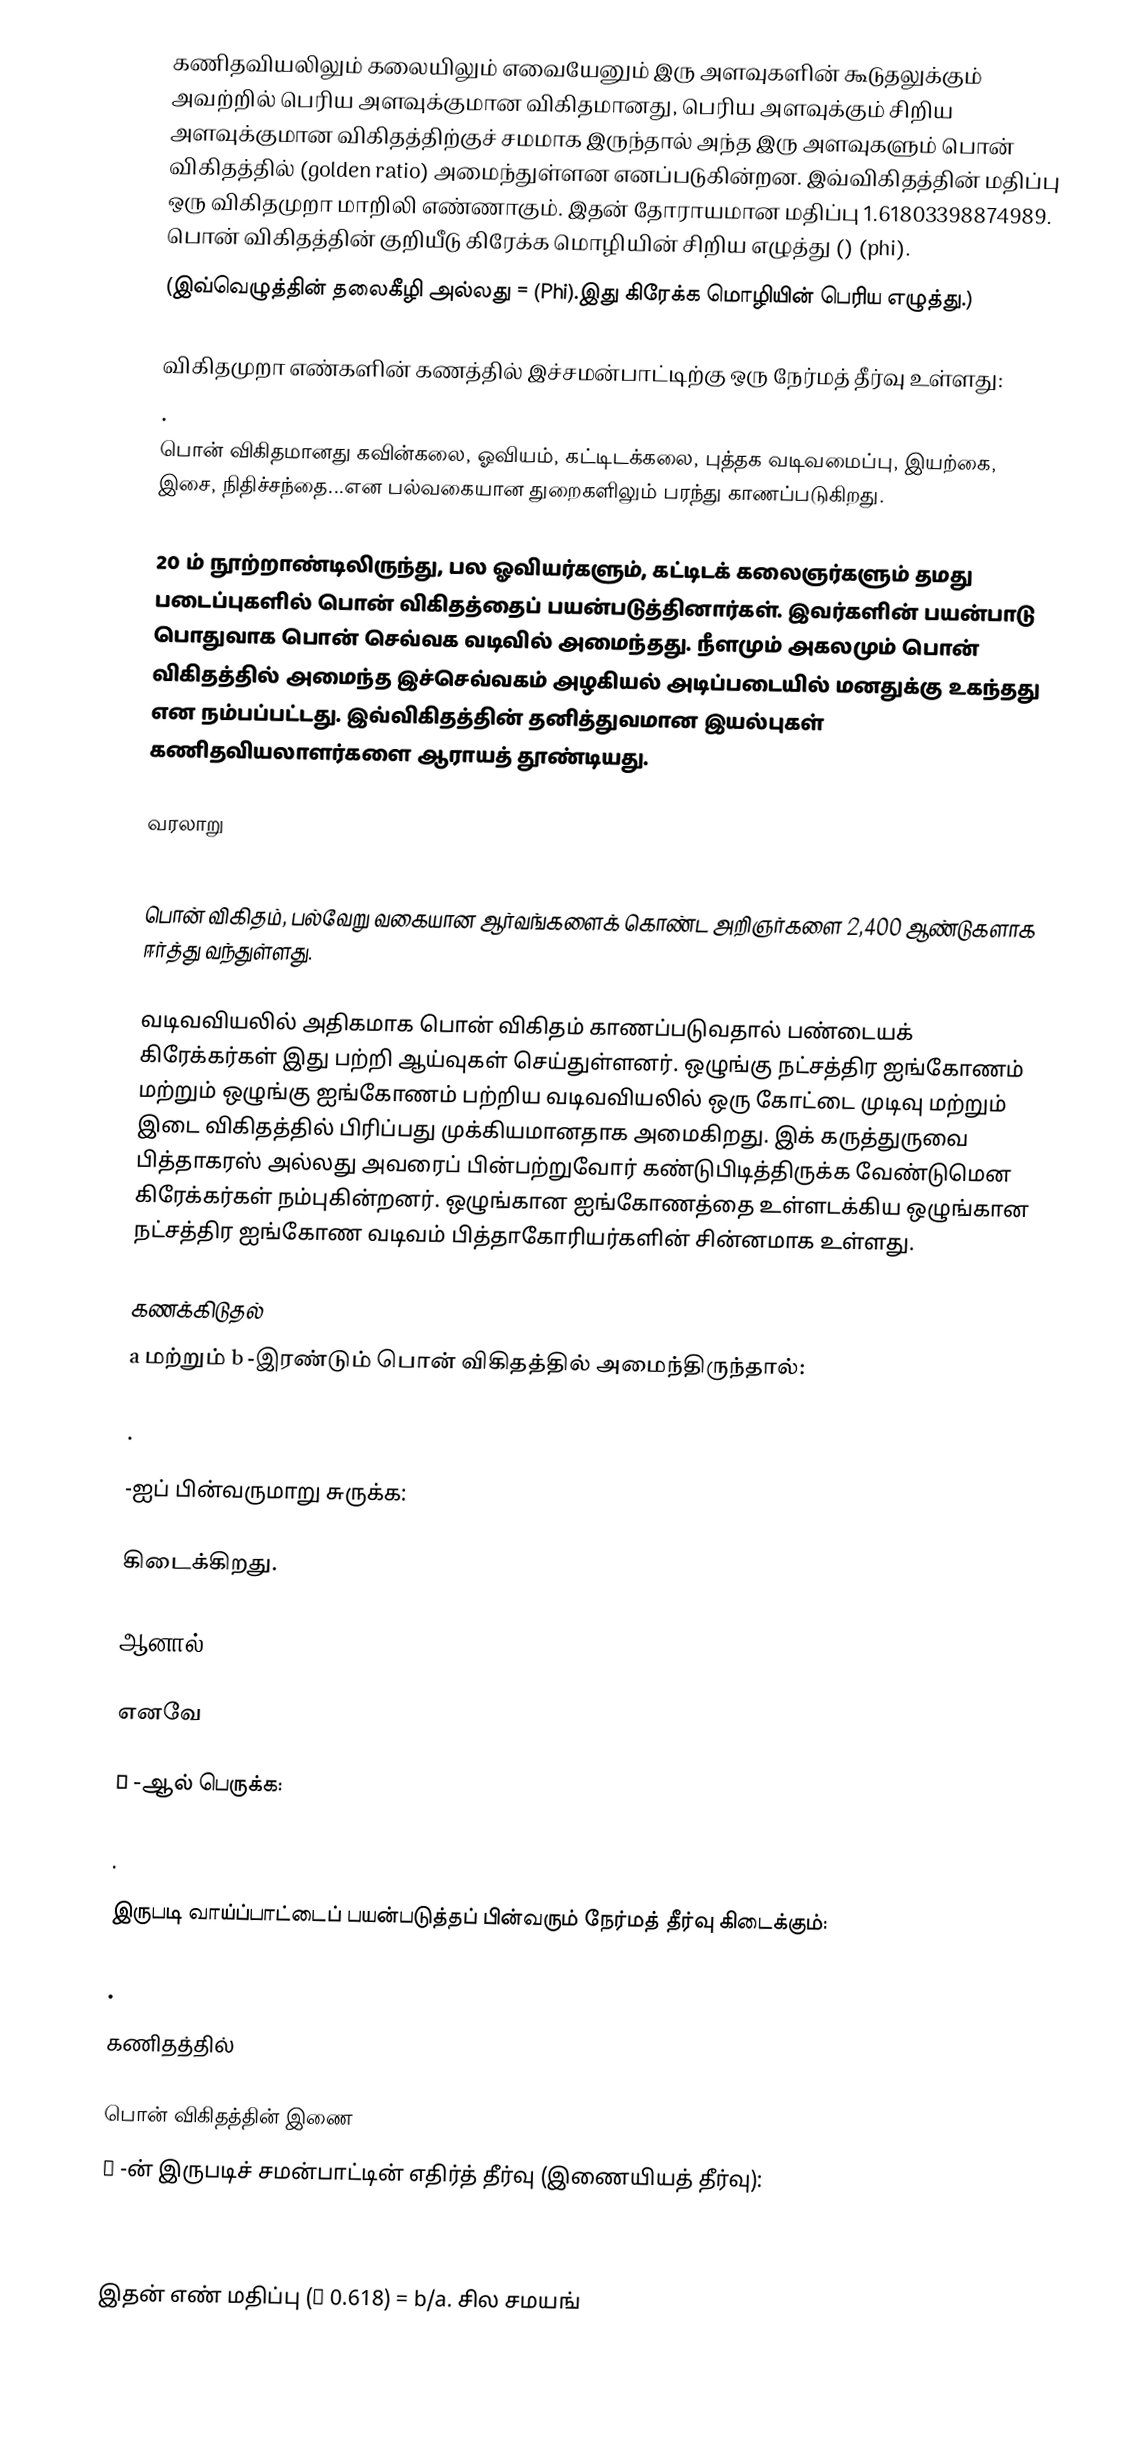
கணிதவியலிலும் கலையிலும் எவையேனும் இரு அளவுகளின் கூடுதலுக்கும் அவற்றில் பெரிய அளவுக்குமான விகிதமானது, பெரிய அளவுக்கும் சிறிய அளவுக்குமான விகிதத்திற்குச் சமமாக இருந்தால் அந்த இரு அளவுகளும்  பொன் விகிதத்தில் (golden ratio)  அமைந்துள்ளன எனப்படுகின்றன. இவ்விகிதத்தின் மதிப்பு ஒரு விகிதமுறா மாறிலி எண்ணாகும். இதன் தோராயமான மதிப்பு 1.61803398874989.  பொன் விகிதத்தின் குறியீடு கிரேக்க மொழியின் சிறிய எழுத்து () (phi).
(இவ்வெழுத்தின் தலைகீழி  அல்லது  =  (Phi).இது கிரேக்க மொழியின் பெரிய எழுத்து.)

விகிதமுறா எண்களின் கணத்தில் இச்சமன்பாட்டிற்கு ஒரு நேர்மத் தீர்வு உள்ளது:
.
 பொன் விகிதமானது கவின்கலை, ஓவியம், கட்டிடக்கலை, புத்தக வடிவமைப்பு, இயற்கை, இசை, நிதிச்சந்தை...என பல்வகையான துறைகளிலும் பரந்து காணப்படுகிறது.

20 ம் நூற்றாண்டிலிருந்து, பல ஓவியர்களும், கட்டிடக் கலைஞர்களும் தமது படைப்புகளில் பொன் விகிதத்தைப் பயன்படுத்தினார்கள். இவர்களின் பயன்பாடு பொதுவாக பொன் செவ்வக வடிவில் அமைந்தது. நீளமும் அகலமும் பொன் விகிதத்தில் அமைந்த இச்செவ்வகம் அழகியல் அடிப்படையில் மனதுக்கு உகந்தது என நம்பப்பட்டது. இவ்விகிதத்தின் தனித்துவமான இயல்புகள் கணிதவியலாளர்களை ஆராயத் தூண்டியது.

வரலாறு

பொன் விகிதம், பல்வேறு வகையான ஆர்வங்களைக் கொண்ட அறிஞர்களை 2,400 ஆண்டுகளாக ஈர்த்து வந்துள்ளது.

வடிவவியலில் அதிகமாக பொன் விகிதம் காணப்படுவதால் பண்டையக் கிரேக்கர்கள் இது பற்றி ஆய்வுகள் செய்துள்ளனர். ஒழுங்கு நட்சத்திர ஐங்கோணம் மற்றும் ஒழுங்கு ஐங்கோணம் பற்றிய வடிவவியலில் ஒரு கோட்டை முடிவு மற்றும் இடை விகிதத்தில் பிரிப்பது முக்கியமானதாக அமைகிறது. இக் கருத்துருவை பித்தாகரஸ் அல்லது அவரைப் பின்பற்றுவோர் கண்டுபிடித்திருக்க வேண்டுமென கிரேக்கர்கள் நம்புகின்றனர். ஒழுங்கான ஐங்கோணத்தை உள்ளடக்கிய ஒழுங்கான நட்சத்திர ஐங்கோண வடிவம் பித்தாகோரியர்களின் சின்னமாக உள்ளது.

கணக்கிடுதல்
a மற்றும் b -இரண்டும் பொன் விகிதத்தில் அமைந்திருந்தால்:

.

 -ஐப் பின்வருமாறு சுருக்க:

 கிடைக்கிறது.

ஆனால் :

எனவே

φ -ஆல் பெருக்க:

.

இருபடி வாய்ப்பாட்டைப் பயன்படுத்தப் பின்வரும் நேர்மத் தீர்வு கிடைக்கும்:

.

கணிதத்தில்

பொன் விகிதத்தின் இணை
φ -ன் இருபடிச் சமன்பாட்டின் எதிர்த் தீர்வு (இணையியத் தீர்வு):

.

இதன் எண் மதிப்பு (≈ 0.618) = b/a. சில சமயங்